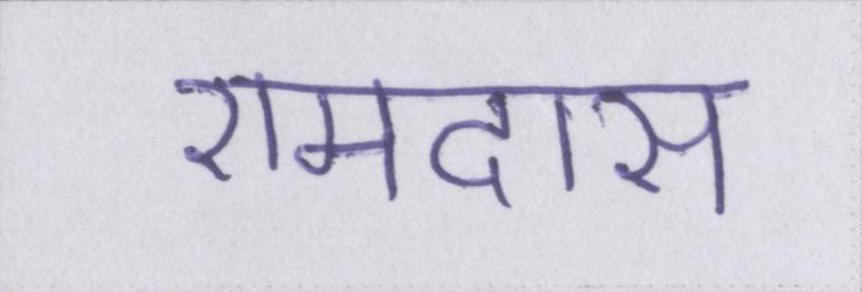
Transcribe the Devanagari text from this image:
रामदास